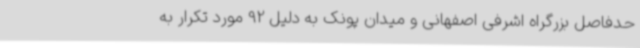
حدفاصل بزرگراه اشرفی اصفهانی و میدان پونک به دلیل 92 مورد تکرار به